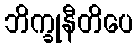
ဘိက္ခုနီတိပေ